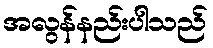
အလွန်နည်းပါသည်